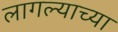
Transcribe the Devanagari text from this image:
लागल्याच्या